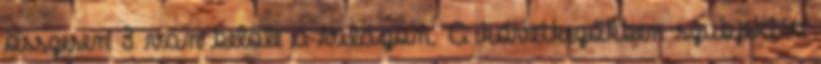
összesen 3 van belőle a világon. A következőkben szubjektív